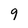
Character: 9